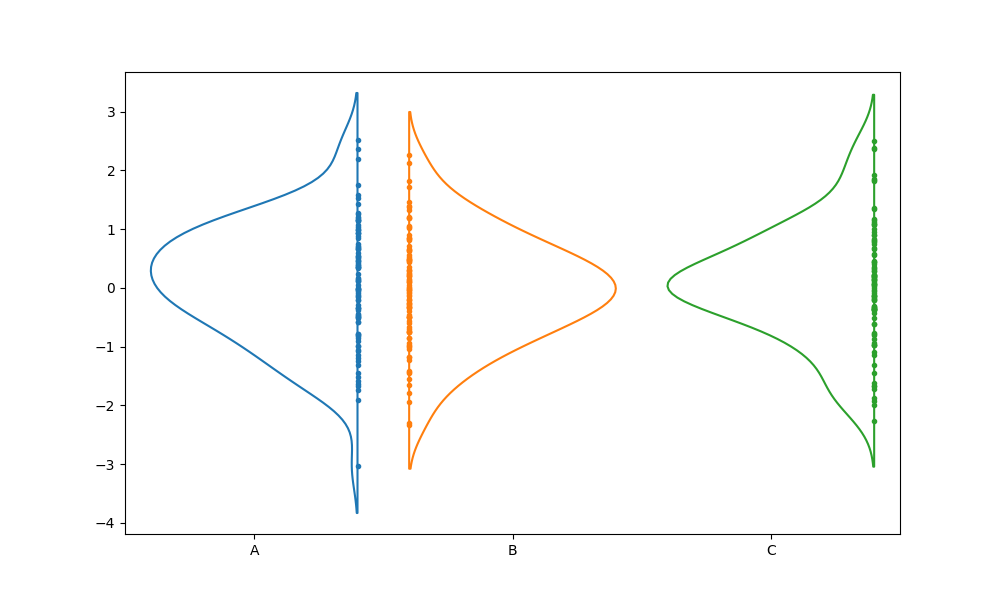
python, seaborn, violinplot, scale='area', split='True', inner='point', fill='False'